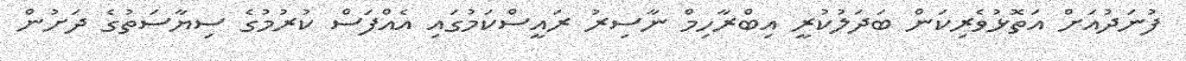
ފުނަދުއަށް އަތޮޅުވެރިކަން ބަދަލުކުރީ އިބްރާހިމް ނާސިރު ރައީސްކަމުގައި އެއްފަސް ކުރުމުގެ ސިޔާސަތުގެ ދަށުން